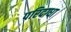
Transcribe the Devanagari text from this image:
परिदग्धा